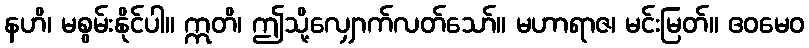
နဟိ၊ မစွမ်းနိုင်ပါ။ ဣတိ၊ ဤသို့လျှောက်လတ်သော်။ မဟာရာဇ၊ မင်းမြတ်။ ဧဝမေဝ